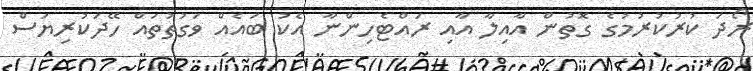
ރޯދަ ކުރުކުރުމުގެ ގޮތުން އާއިލާ އާއި ރައްޓެހިންނާ އެކު ބައެއް ވަގުތުތައް ހޭދަކުރިޔަސް